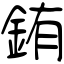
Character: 銪